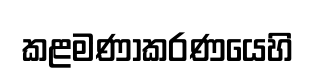
කළමණාකරණයෙහි